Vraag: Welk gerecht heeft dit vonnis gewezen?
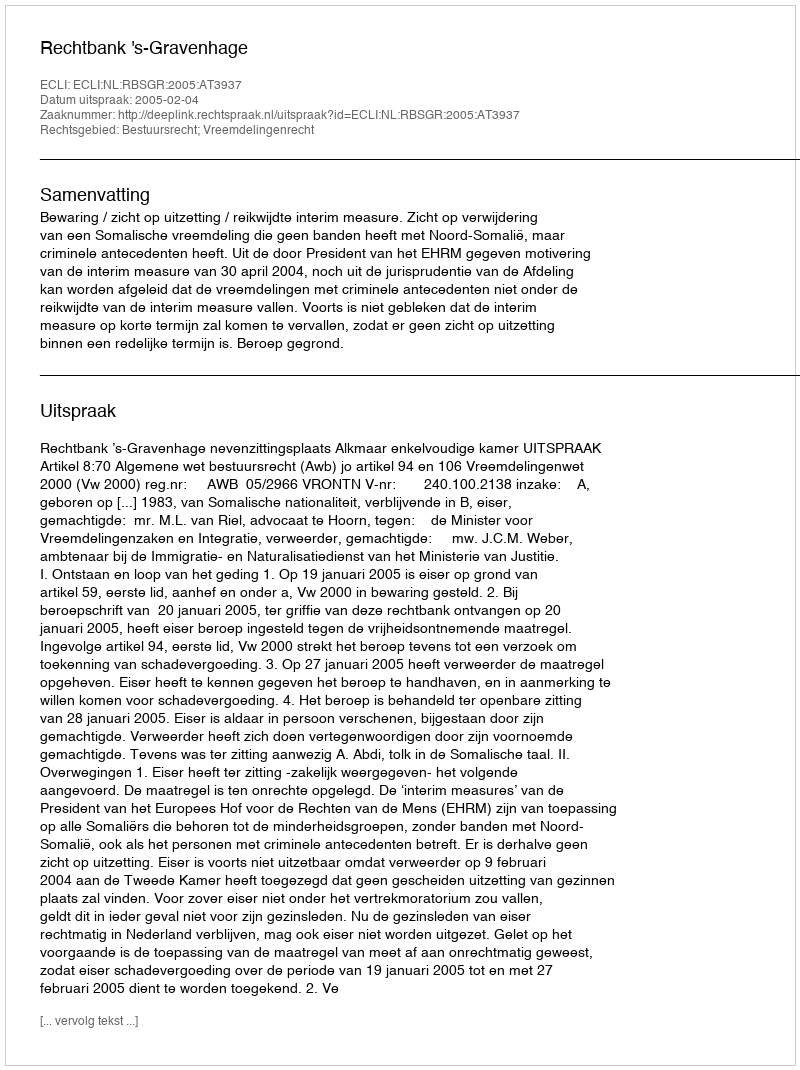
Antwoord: Rechtbank 's-Gravenhage